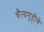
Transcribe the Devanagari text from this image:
चैत्यगृहीचे